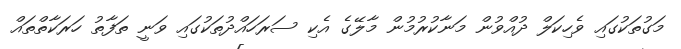
މަގުތަކުގައި ވެހިކަލް ދުއްވުން މަނާކުރުމުން މާލޭގެ އެކި ސަރަހައްދުތަކުގައި ވަނީ ތަފާތު ހަރަކާތްތައް